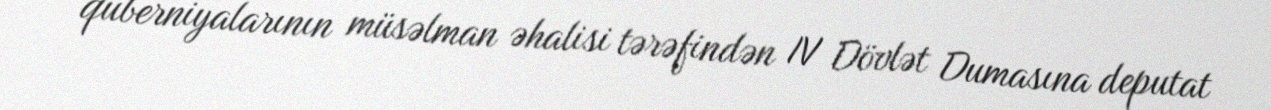
quberniyalarının müsəlman əhalisi tərəfindən IV Dövlət Dumasına deputat